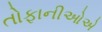
તોફાનીઓએ